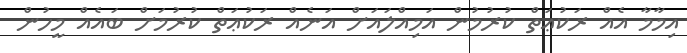
އިމާމާ އެއް ރަކުޢަތް ކުރުމުން އަމިއްލައަށް އަނެއް ރަކުޢަތް ކުރުމަށް ބައެއް މީހުން